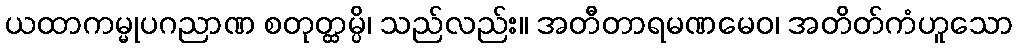
ယထာကမ္မုပဂညာဏ စတုတ္ထမ္ပိ၊ သည်လည်း။ အတီတာရမဏမေဝ၊ အတိတ်ကံဟူသော